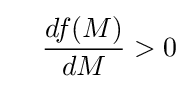
\quad {\frac {df(M)}{dM}}>0